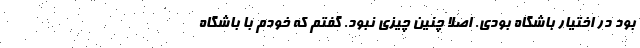
بود در اختیار باشگاه بودی. اصلا چنین چیزی نبود. گفتم که خودم با باشگاه